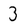
Character: 3